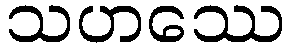
သဟဿေ